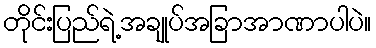
တိုင်းပြည်ရဲ့အချုပ်အခြာအာဏာပါပဲ။